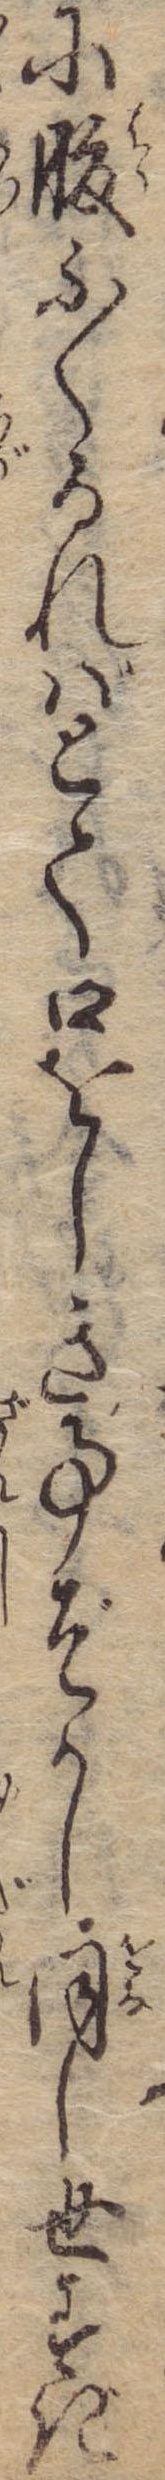
に腹ふくるればとて口をしき事ぞかし同し世すぎ